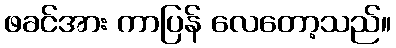
ဖခင်အား ကာပြန် လေတော့သည်။